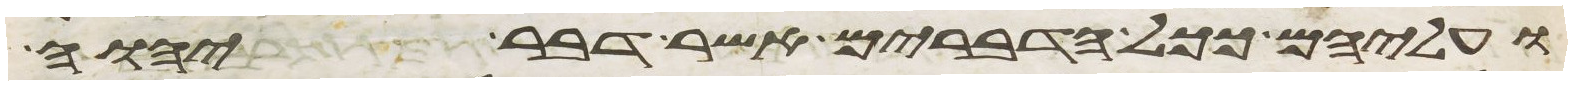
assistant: ועליהם ככל הדברים אשר דבר יהוה